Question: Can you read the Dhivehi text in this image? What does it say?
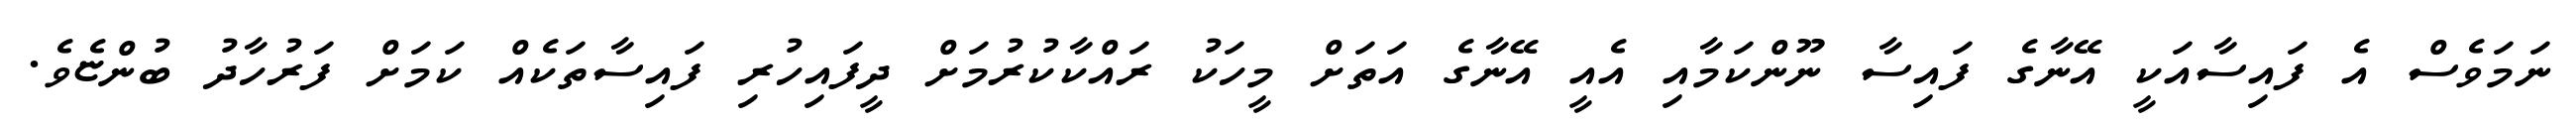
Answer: ނަމަވެސް އެ ފައިސާއަކީ އޭނާގެ ފައިސާ ނޫންކަމާއި އެއީ އޭނާގެ އަތަށް މީހަކު ރައްކާކުރުމަށް ދީފައިހުރި ފައިސާތަކެއް ކަމަށް ފަރުހާދު ބުންޏެވެ.